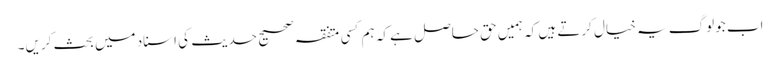
اب جولوگ یہ خیال کرتے ہیں کہ ہمیں حق حاصل ہے کہ ہم کسی متفقہ صحیح حدیث کی اسناد میں بحث کریں۔